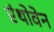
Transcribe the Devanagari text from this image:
एंथोवेन